Report of the Indian Hemp Drugs Commission, 1894-1895 - Volume IV
Year: 1894
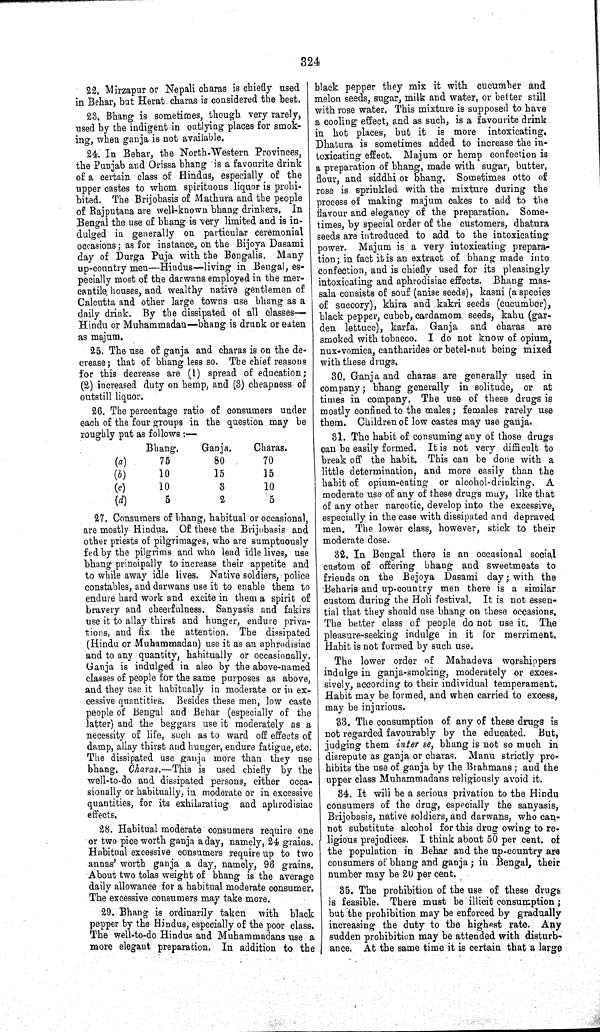
324
22. Mirzapur or Nepali charas is chiefly used
in Behar, but Herat charas is considered the best.
23. Bhang is sometimes, though very rarely,
used by the indigent in outlying places for smok-
ing, when ganja is not available.
24. In Behar, the North-Western Provinces,
the Punjab and Orissa bhang is a favourite drink
of a certain class of Hindus, especially of the
upper castes to whom spirituous liquor is prohi-
bited. The Brijobasis of Mathura and the people
of Rajputana are well-known bhang drinkers. In
Bengal the use of bhang is very limited and is in-
dulged in generally on particular ceremonial
occasions; as for instance, on the Bijoya Dasami
day of Durga Puja with the Bengalis. Many
up-country men—Hindus—living in Bengal, es-
pecially most of the darwans employed in the mer-
cantile houses, and wealthy native gentlemen of
Calcutta and other large towns use bhang as a
daily drink. By the dissipated of all classes—
Hindu or Muhammadan—bhang is drunk or eaten
as majum.
25. The use of ganja and charas is on the de-
crease; that of bhang less so. The chief reasons
for this decrease are (1) spread of education;
(2) increased duty on hemp, and (3) cheapness of
outstill liquor.
26. The percentage ratio of consumers under
each of the four groups in the question may be
roughly put as follows:—
Bhang
Ganja
Charas
(a)
75
80
70
(b)
10
15
15
(c)
10
3
10
(d)
5
2
5
27. Consumers of bhang, habitual or occasional,
are mostly Hindus. Of these the Brijobasis and
other priests of pilgrimages, who are sumptuously
fed by the pilgrims and who lead idle lives, use
bhang principally to increase their appetite and
to while away idle lives. Native soldiers, police
constables, and darwans use it to enable them to
endure hard work and excite in them a spirit of
bravery and cheerfulness. Sanyasis and fakirs
use it to allay thirst and hunger, endure priva-
tions, and fix the attention. The dissipated
(Hindu or Muhammadan) use it as an aphrodisiac
and to any quantity, habitually or occasionally.
Ganja is indulged in also by the above-named
classes of people for the same purposes as above,
and they use it habitually in moderate or in ex-
cessive quantities. Besides these men, low caste
people of Bengal and Behar (especially of the
latter) and the beggars use it moderately as a
necessity of life, such as to ward off effects of
damp, allay thirst and hunger, endure fatigue, etc.
The dissipated use ganja more than they use
bhang. Charas.—This is used chiefly by the
well-to-do and dissipated persons, either occa-
sionally or habitually, in moderate or in excessive
quantities, for its exhilarating and aphrodisiac
effects.
28. Habitual moderate consumers require one
or two pice worth ganja a day, namely, 24 grains.
Habitual excessive consumers require up to two
annas' worth ganja a day, namely, 96 grains.
About two tolas weight of bhang is the average
daily allowance for a habitual moderate consumer.
The excessive consumers may take more.
29. Bhang is ordinarily taken with black
pepper by the Hindus, especially of the poor class.
The well-to-do Hindus and Muhammadans use a
more elegant preparation. In addition to the
black pepper they mix it with cucumber and
melon seeds, sugar, milk and water, or better still
with rose water. This mixture is supposed to have
a cooling effect, and as such, is a favourite drink
in hot places, but it is more intoxicating.
Dhatura is sometimes added to increase the in-
toxicating effect. Majum or hemp confection is
a preparation of bhang, made with sugar, butter,
flour, and siddhi or bhang. Sometimes otto of
rose is sprinkled with the mixture during the
process of making majum cakes to add to the
flavour and elegancy of the preparation. Some-
times, by special order of the customers, dhatura
seeds are introduced to add to the intoxicating
power. Majum is a very intoxicating prepara-
tion; in fact it is an extract of bhang made into
confection, and is chiefly used for its pleasingly
intoxicating and aphrodisiac effects. Bhang mas-
sala consists of souf (anise seeds), kasni (a species
of succory), khira and kakri seeds (cucumber),
black pepper, cubeb, cardamom seeds, kahu (gar-
den lettuce), karfa. Ganja and charas are
smoked with tobacco. I do not know of opium,
nux-vomica, cantharides or betel-nut being mixed
with these drugs.
30. Ganja and charas are generally used in
company; bhang generally in solitude, or at
times in company. The use of these drugs is
mostly confined to the males; females rarely use
them. Children of low castes may use ganja.
31. The habit of consuming any of those drugs
can be easily formed. It is not very difficult to
break off the habit. This can be done with a
little determination, and more easily than the
habit of opium-eating or alcohol-drinking. A
moderate use of any of these drugs may, like that
of any other narcotic, develop into the excessive,
especially in the case with dissipated and depraved
men. The lower class, however, stick to their
moderate dose.
32. In Bengal there is an occasional social
custom of offering bhang and sweetmeats to
friends on the Bejoya Dasami day; with the
Beharis and up-country men there is a similar
custom during the Holi festival. It is not essen-
tial that they should use bhang on these occasions.
The better class of people do not use it. The
pleasure-seeking indulge in it for merriment.
Habit is not formed by such use.
The lower order of Mahadeva worshippers
indulge in ganja-smoking, moderately or exces-
sively, according to their individual temperament.
Habit may be formed, and when carried to excess,
may be injurious.
33. The consumption of any of these drugs is
not regarded favourably by the educated. But,
judging them inter se, bhang is not so much in
disrepute as ganja or charas. Manu strictly pro-
hibits the use of ganja by the Brahmans; and the
upper class Muhammadans religiously avoid it.
34. It will be a serious privation to the Hindu
consumers of the drug, especially the sanyasis,
Brijobasis, native soldiers, and darwans, who can-
not substitute alcohol for this drug owing to re-
ligious prejudices. I think about 50 per cent. of
the population in Behar and the up-country are
consumers of bhang and ganja; in Bengal, their
number may be 20 per cent.
35. The prohibition of the use of these drugs
is feasible. There must be illicit consumption;
but the prohibition may be enforced by gradually
increasing the duty to the highest rate. Any
sudden prohibition may be attended with disturb-
ance. At the same time it is certain that a large